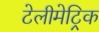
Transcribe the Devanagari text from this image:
टेलीमेट्रिक